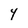
Character: 4